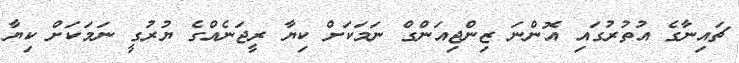
ޗައިނާގެ އުތުރުގައި އޮންނަ ޒިންޖިއަންގް ނަމަކަށް ކިޔާ ރީޖަނެއްގެ ޔުރުގީ ނަމަކަށް ކިޔާ